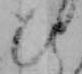
ひ